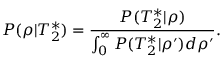
P ( \rho | T _ { 2 } ^ { * } ) = \frac { P ( T _ { 2 } ^ { * } | \rho ) } { \int _ { 0 } ^ { \infty } P ( T _ { 2 } ^ { * } | \rho ^ { \prime } ) d \rho ^ { \prime } } .